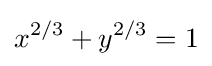
x^{2/3}+y^{2/3}=1